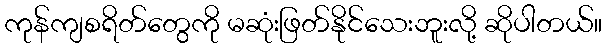
ကုန်ကျစရိတ်တွေကို မဆုံးဖြတ်နိုင်သေးဘူးလို့ ဆိုပါတယ်။